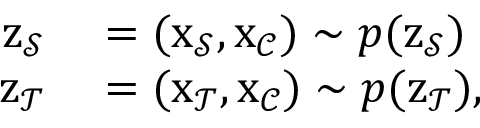
\begin{array} { r l } { \mathbf { \boldsymbol { z } } _ { \mathcal { S } } } & { { } = ( \mathbf { \boldsymbol { x } } _ { \mathcal { S } } , \mathbf { \boldsymbol { x } } _ { \mathcal { C } } ) \sim p ( \mathbf { \boldsymbol { z } } _ { \mathcal { S } } ) } \\ { \mathbf { \boldsymbol { z } } _ { \mathcal { T } } } & { { } = ( \mathbf { \boldsymbol { x } } _ { \mathcal { T } } , \mathbf { \boldsymbol { x } } _ { \mathcal { C } } ) \sim p ( \mathbf { \boldsymbol { z } } _ { \mathcal { T } } ) , } \end{array}